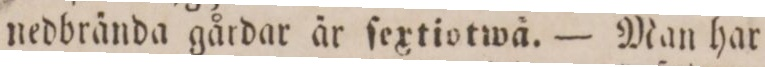
nedbrända gårdar är ſextiotwå. — Man har